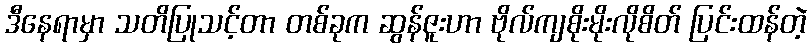
ဒီနေရာမှာ သတိပြုသင့်တာ တစ်ခုက ဆွန်ဇူးဟာ ဗိုလ်ကျစိုးမိုးလိုစိတ် ပြင်းထန်တဲ့